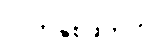
လက်နှစ်ဖက်ကို